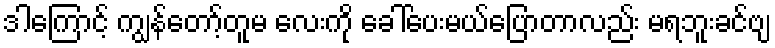
ဒါကြောင့် ကျွန်တော့်တူမ လေးကို ခေါ်ပေးမယ်ပြောတာလည်း မရဘူးခင်ဗျ